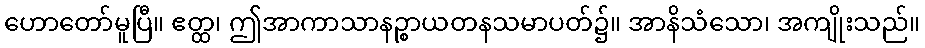
ဟောတော်မူပြီ။ ဧတ္ထ၊ ဤအာကာသာနဉ္စာယတနသမာပတ်၌။ အာနိသံသော၊ အကျိုးသည်။